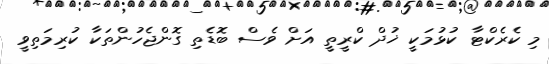
މި ކެރެކްޓާ ކުޅުމަކީ ޚުދް ކްރީތީ އަށް ވެސް ބޮޑެތި ގޮންޖެހުންތަކާ ކުރިމަތިވީ